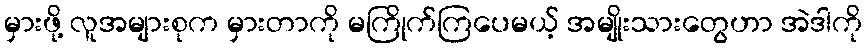
မှားဖို့ လူအများစုက မှားတာကို မကြိုက်ကြပေမယ့် အမျိုးသားတွေဟာ အဲဒါကို